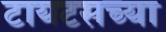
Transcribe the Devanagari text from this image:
टायटसच्या